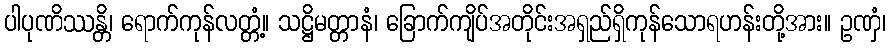
ပါပုဏိဿန္တိ၊ ရောက်ကုန်လတ္တံ့။ သဋ္ဌိမတ္တာနံ၊ ခြောက်ကျိပ်အတိုင်းအရှည်ရှိကုန်သောရဟန်းတို့အား။ ဥဏှံ၊